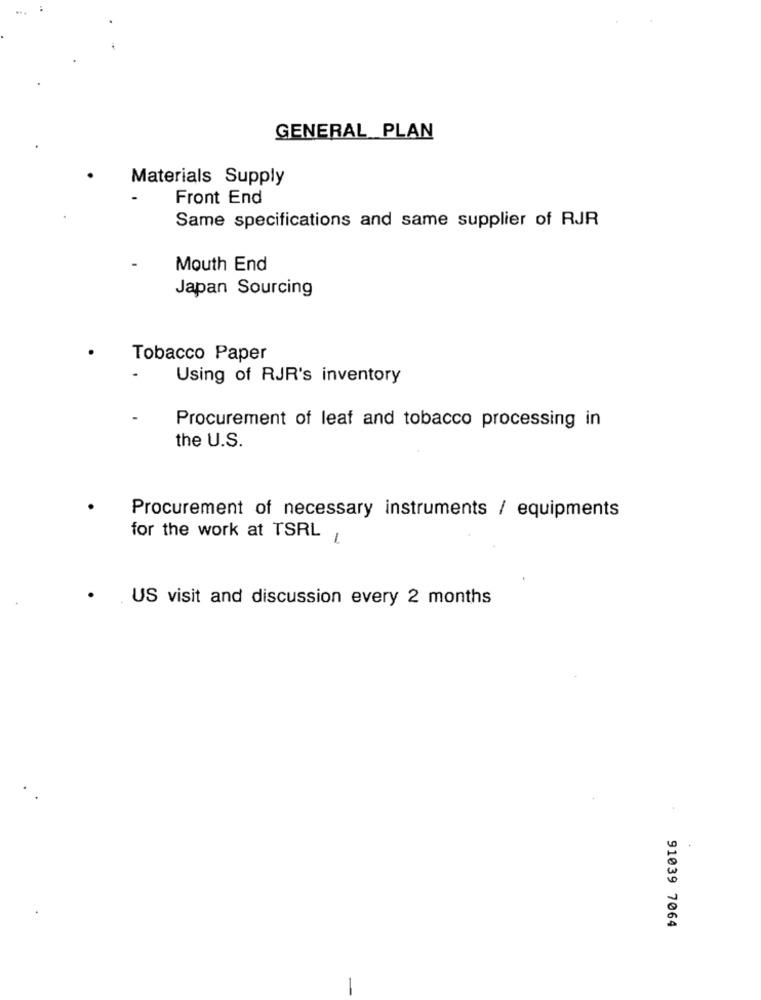
GENERAL PLAN
Materials Supply
Front End
Same specifications and same supplier of RJR
Mouth End
Japan Sourcing
Tobacco Paper
Using of RJR's inventory
Procurement of leaf and tobacco processing in
the U.S.
Procurement of necessary instruments / equipments
for the work at TSRL
1
US visit and discussion every 2 months
91039 7064